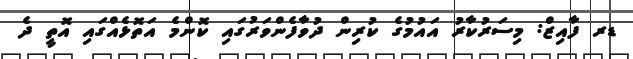
ޑރ ފާއިޒް: މިސަރުކާރު އައުމުގެ ކުރިން ދުވާފެންވަރުގައި ކޮންމެ އަތޮޅެއްގައި އޮތީ ދެ